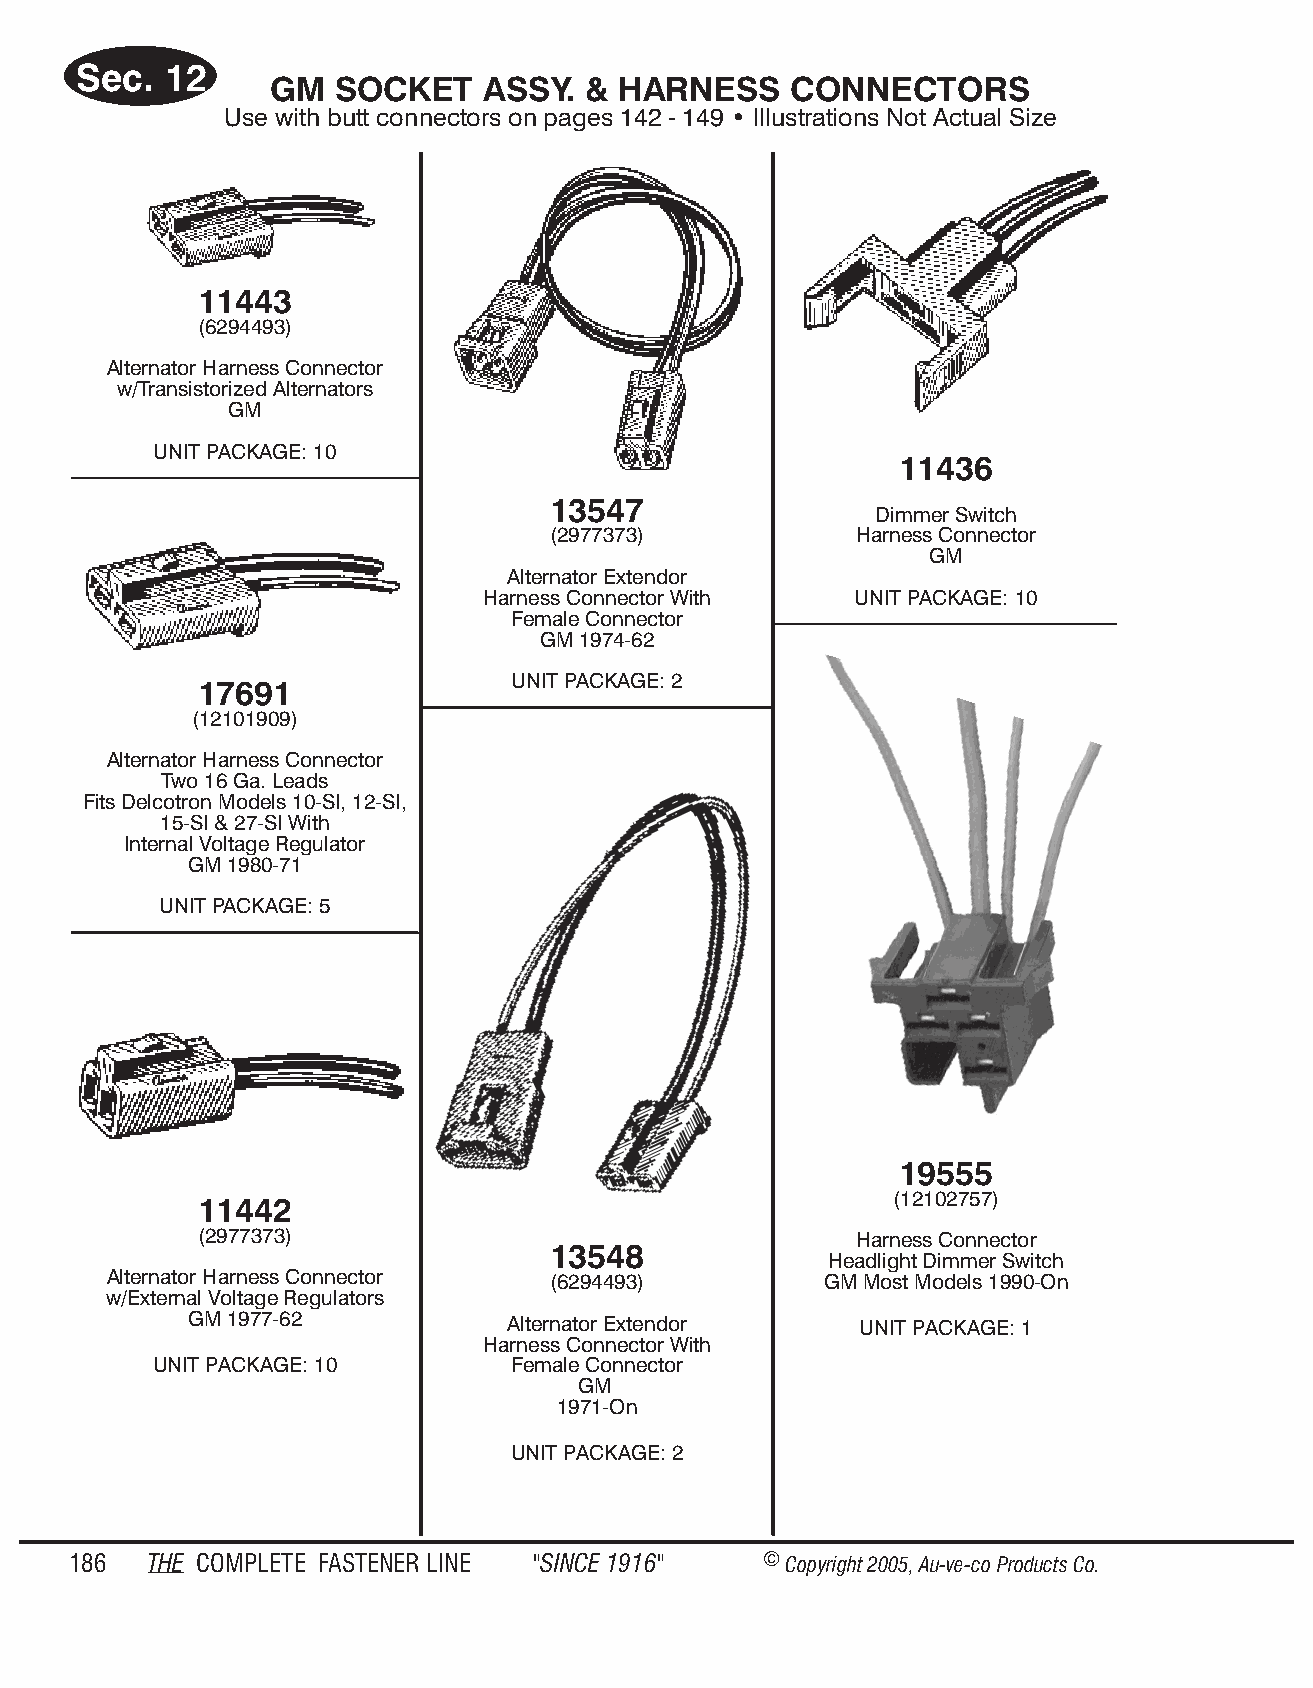
Sec.  12
 GM  SOCKET    ASSY.  & HARN  ESS   CONN  ECT  ORS
 Use with butt con nec tors on pages 142 - 149 • Il lus tra tions Not Ac tual Size
 11443
 (6294493)
 Alternator Harness Connector
 w/Transistorized Alternators
 GM
 UNIT PACKAGE: 10
 11436
 13547
 Dimmer Switch
 (2977373)           Harness Connector
 GM
 Alternator Extendor
 Harness Connector With   UNIT PACKAGE: 10
 Female Connector
 GM 1974-62
 UNIT PACKAGE: 2
 17691
 (12101909)
 Alternator Harness Connector
 Two 16 Ga. Leads
 Fits Delcotron Models 10-SI, 12-SI,
 15-SI & 27-SI With
 Internal Voltage Regulator
 GM 1980-71
 UNIT PACKAGE: 5
 19555
 (12102757)
 11442
 (2977373)                                   Harness Connector
 13548
 Headlight Dimmer Switch
 Alternator Harness Connector  (6294493)         GM Most Models 1990-On
 w/External Voltage Regulators
 GM 1977-62           Alternator Extendor    UNIT PACKAGE: 1
 Harness Connector With
 UNIT PACKAGE: 10        Female Connector
 GM
 1971-On
 UNIT PACKAGE: 2
 186  THE COM PLETE FAST ENER LINE "SINCE 1916" © Copyr ight 2005, Au-ve-co Produ cts Co.